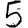
Digit: 5